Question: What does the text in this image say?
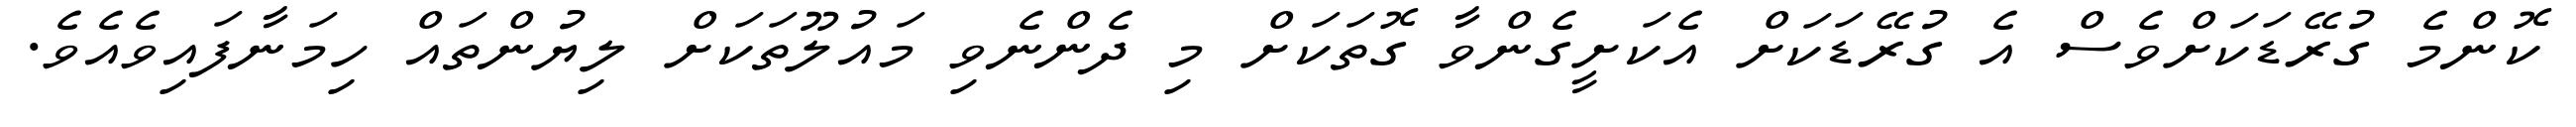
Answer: ކޮންމެ ގުރޭޑަކަށްވެސް އެ ގުރޭޑަކަށް އެކަށީގެންވާ ގޮތަކަށް މި ދެންނެވި މައުލޫތަކަށް ލިޔުންތައް ހިމަނާފައިވެއެވެ.